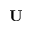
\mathbf { U }